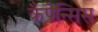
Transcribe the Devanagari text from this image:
कैपेन्सिस